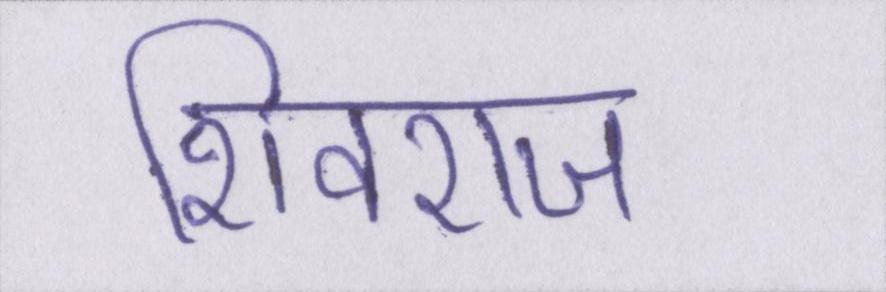
शिवराज